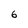
Character: 6